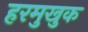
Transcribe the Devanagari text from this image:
हरमुखुक